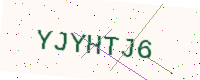
Text: YJYHTJ6